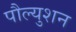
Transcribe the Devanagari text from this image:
पौल्युशन